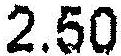
2.50